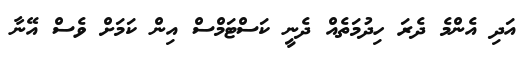
އަދި އެންމެ ދެރަ ހިދުމަތެއް ދެނީ ކަސްޓަމްސް އިން ކަމަށް ވެސް އޭނާ